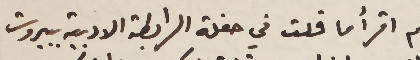
لم اقرأ ما قلت في حفلة الرابطة الادبية ببروت